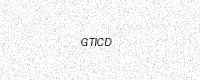
Text: GTICD